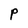
Character: P